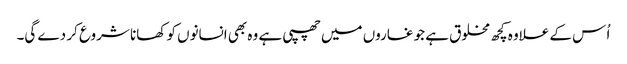
اُ س کے علاوہ کچھ مخلوق ہے جو غاروں میں چھپی ہے وہ بھی انسانوں کو کھانا شروع کر دے گی۔